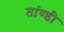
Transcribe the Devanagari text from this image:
तांण्डी